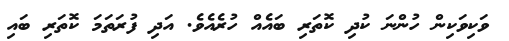
ވަކިވަކިން ހުންނަ ކުދި ކޮތަރި ބައެއް ހުރެއެވެ. އަދި ފުރަތަމަ ކޮތަރި ބައި